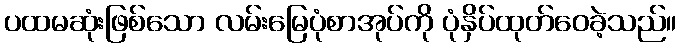
ပထမဆုံးဖြစ်သော လမ်းမြေပုံစာအုပ်ကို ပုံနှိပ်ထုတ်ဝေခဲ့သည်။